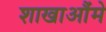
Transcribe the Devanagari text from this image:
शाखाऔंमे